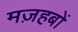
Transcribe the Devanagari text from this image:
मज़हबों